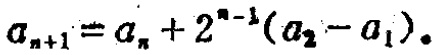
\(a_{n + 1} = a_{n} + 2^{n - 1}(a_{2} - a_{1})\)